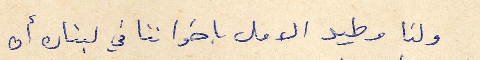
ولنا وطيد الامل باخواننا في لبنان أن